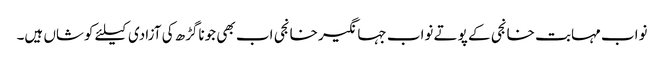
نواب مہابت خانجی کے پوتے نواب جہانگیر خانجی اب بھی جوناگڑھ کی آزادی کیلئے کوشاں ہیں۔